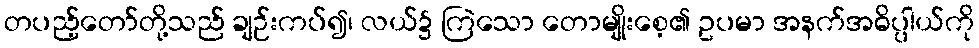
တပည့်တော်တို့သည် ချဉ်းကပ်၍၊ လယ်၌ ကြဲသော တောမျိုးစေ့၏ ဥပမာ အနက်အဓိပ္ပါယ်ကို